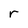
Character: r